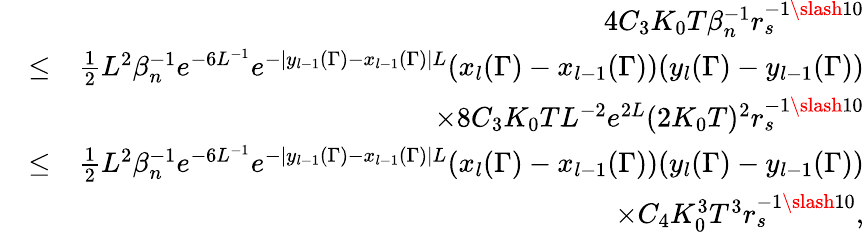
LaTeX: \begin{array}{rlr}&{}&{4C_{3}K_{0}T\beta_{n}^{-1}r_{s}^{-1\slash 10}}\\ &{\leq}&{\frac{1}{2}L^{2}\beta_{n}^{-1}e^{-6L^{-1}}e^{-|y_{l-1}(\Gamma)-x_{l-1}(\Gamma)|L}(x_{l}(\Gamma)-x_{l-1}(\Gamma))(y_{l}(\Gamma)-y_{l-1}(\Gamma))}\\ &{}&{\times 8C_{3}K_{0}TL^{-2}e^{2L}(2K_{0}T)^{2}r_{s}^{-1\slash 10}}\\ &{\leq}&{\frac{1}{2}L^{2}\beta_{n}^{-1}e^{-6L^{-1}}e^{-|y_{l-1}(\Gamma)-x_{l-1}(\Gamma)|L}(x_{l}(\Gamma)-x_{l-1}(\Gamma))(y_{l}(\Gamma)-y_{l-1}(\Gamma))}\\ &{}&{\times C_{4}K_{0}^{3}T^{3}r_{s}^{-1\slash 10},}\end{array}